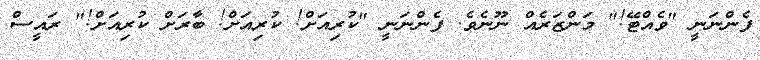
ފެންނަނީ "ވެއްޓޭ!" މަންޒަރެއް ނޫނެވެ. ފެންނަނީ "ކުރިއަށް! ކުރިއަށް! ބާރަށް ކުރިއަށް!" ރައީސް